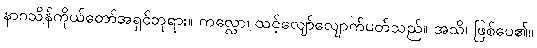
နာဂသိန်ကိုယ်တော်အရှင်ဘုရား။ ကလ္လော၊ သင့်လျော်လျောက်ပတ်သည်။ အသိ၊ ဖြစ်ပေ၏။